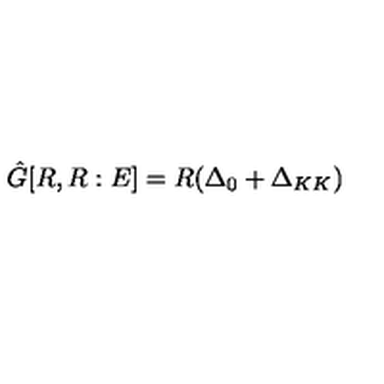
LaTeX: \hat { G } [ R , R : E ] = R ( \Delta _ { 0 } + \Delta _ { K K } )